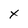
Character: x